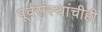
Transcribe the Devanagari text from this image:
पूर्वसंस्थांचीही